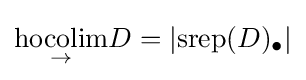
{\underset {\to }{\text{hocolim}}}D=|{\text{srep}}(D)_{\bullet }|